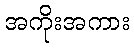
အကိုးအကား